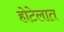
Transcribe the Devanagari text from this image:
होटेलात